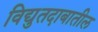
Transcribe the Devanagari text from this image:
विद्युतदाबातील